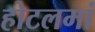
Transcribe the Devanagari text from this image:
होटलमां